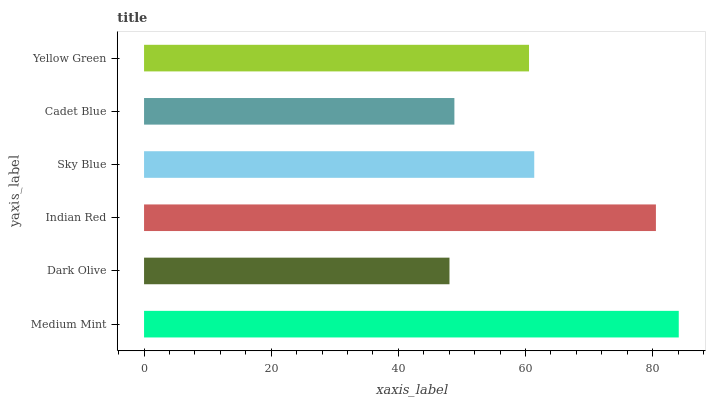
| yaxis_label | bars |
 | --- | --- |
 | Medium Mint | 84.1 |
 | Dark Olive | 48 |
 | Indian Red | 80.5 |
 | Sky Blue | 61.4 |
 | Cadet Blue | 48.8 |
 | Yellow Green | 60.5 |